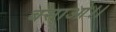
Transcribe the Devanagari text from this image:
बसाओ।।